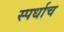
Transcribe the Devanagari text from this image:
स्पर्धाच